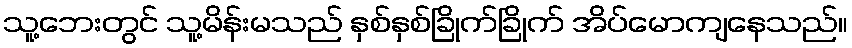
သူ့ဘေးတွင် သူ့မိန်းမသည် နှစ်နှစ်ခြိုက်ခြိုက် အိပ်မောကျနေသည်။